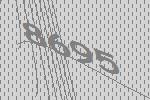
8695